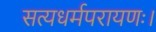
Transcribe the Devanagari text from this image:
सत्यधर्मपरायणः।